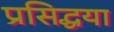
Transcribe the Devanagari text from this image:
प्रसिद्धया